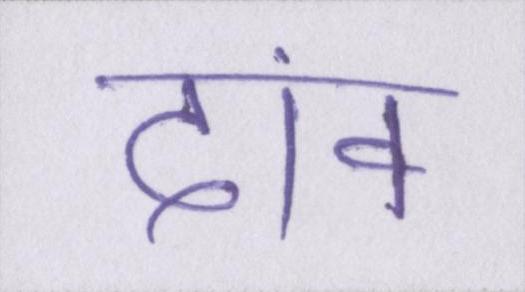
दांव